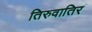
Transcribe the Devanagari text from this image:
तिरुवातिर